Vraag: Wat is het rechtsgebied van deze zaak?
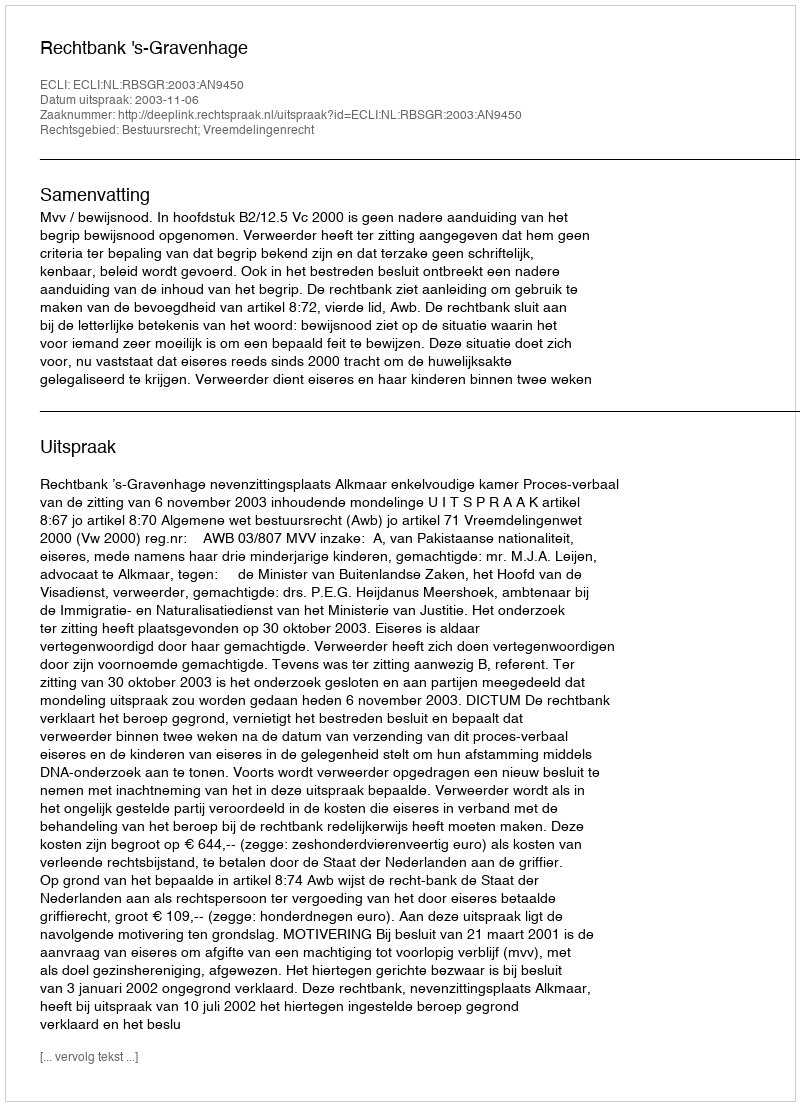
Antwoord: Bestuursrecht; Vreemdelingenrecht